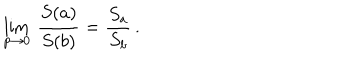
LaTeX: \lim _ { p \to 0 } \: \frac { S ( a ) } { S ( b ) } = \frac { S _ { a } } { S _ { b } } \, .